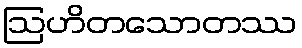
ဩဟိတသောတဿ